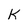
Character: K